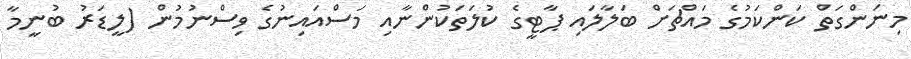
މިނަންގަތް ކަންކަމުގެ މައްޗަށް ބަލާލައި ޕާޓީގެ ކުލަތަކުންނާއި މަސްއައިނުގެ ވިސްނުމުން (ލީޑަރު ބުނީމާ